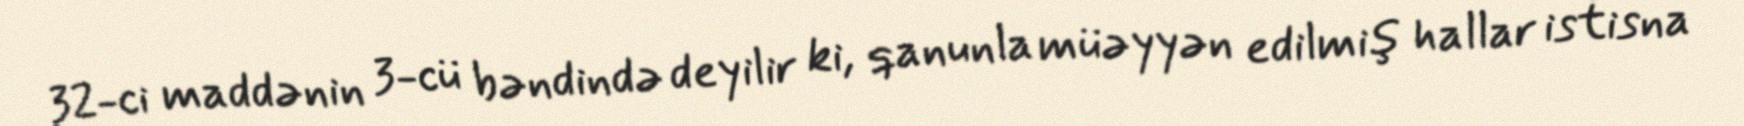
32-ci maddənin 3-cü bəndində deyilir ki, qanunla müəyyən edilmiş hallar istisna